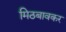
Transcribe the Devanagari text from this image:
मिठबावकर